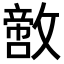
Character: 𪯙